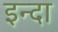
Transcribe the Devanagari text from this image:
इन्दा